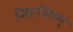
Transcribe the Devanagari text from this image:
निरूपितम्